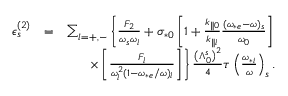
\begin{array} { r l r } { \epsilon _ { s } ^ { ( 2 ) } } & { = } & { \sum _ { l = + , - } \left\{ \frac { F _ { 2 } } { \omega _ { s } \omega _ { l } } + \sigma _ { * 0 } \left[ 1 + \frac { k _ { \parallel 0 } } { k _ { \parallel l } } \frac { ( \omega _ { * e } - \omega ) _ { s } } { \omega _ { 0 } } \right] \right. } \\ & { } & { \left. \times \left[ \frac { F _ { l } } { \omega _ { l } ^ { 2 } ( 1 - \omega _ { * e } / \omega ) _ { l } } \right] \right\} \frac { \left( \Lambda _ { 0 } ^ { s } \right) ^ { 2 } } { 4 } \tau \left( \frac { \omega _ { * i } } { \omega } \right) _ { s } . } \end{array}